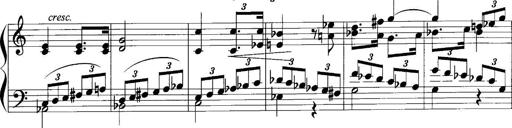
Title: Sonatina No.1
Composer: Otto Stoll
Key: C major